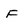
Character: F